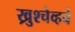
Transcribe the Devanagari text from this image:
ख्रुश्चेव्हचे